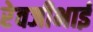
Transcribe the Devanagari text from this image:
रेवजीभाई